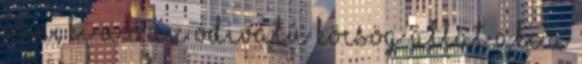
van, ki az az ódivatú köcsög állat aki a